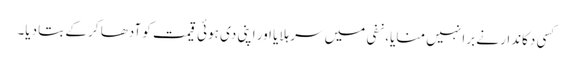
کسی دکاندار نے برا نہیں منایا، نفی میں سر ہلایا اور اپنی دی ہوئی قیمت کو آدھا کر کے بتا دیا۔